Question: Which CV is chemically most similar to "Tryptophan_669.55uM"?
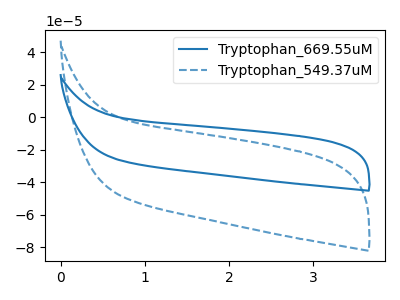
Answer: <think>The blue curve "Tryptophan_669.55uM" has no peaks. The blue dashed curve "Tryptophan_549.37uM" has no peaks.
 Neither "Tryptophan_669.55uM" or "Tryptophan_549.37uM" have any peaks.</think>
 <answer>The CV with the most similar shape to "Tryptophan_549.37uM" is "Tryptophan_669.55uM".</answer>
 <eval>"Tryptophan_669.55uM"</eval>